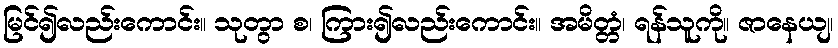
မြင်၍လည်းကောင်း။ သုတွာ စ၊ ကြား၍လည်းကောင်း။ အမိတ္တံ၊ ရန်သူကို။ ဇာနေယျ၊